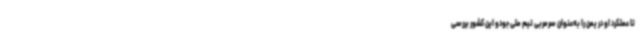
تا عملکرد او در یمن را به‌عنوان سرمربی تیم ملی جودو این کشور بررسی